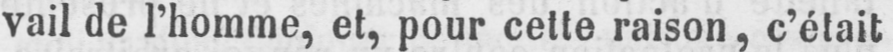
vail de l’homme, et, pour cette raison, c’était